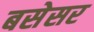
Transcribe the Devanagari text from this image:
बसेसर